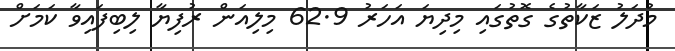
މުދަލު ޒަކާތުގެ ގޮތުގައި މިދިޔަ އަހަރު 62.9 މިލިއަން ރުފިޔާ ލިބިފައިވާ ކަމަށް